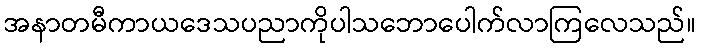
အနာတမီကာယဒေသပညာကိုပါသဘောပေါက်လာကြလေသည်။